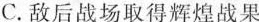
C.敌后战场取得辉煌战果